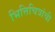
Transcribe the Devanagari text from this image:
भित्तिचित्रांची